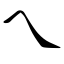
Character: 乀